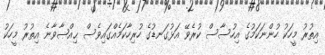
އިތުރު މީހަކު ހުންނަކަމުގެ އިހުސާސް ކުރެވޭ އަޅުގަނޑުގެ ހުރިހާކަމެއްގައިވެސް ޙިއްޞާވާނެ އިތުރު މީހަކު